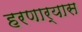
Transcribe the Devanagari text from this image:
हरणार्‍यास